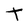
Character: t